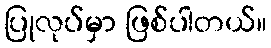
ပြုလုပ်မှာ ဖြစ်ပါတယ်။